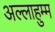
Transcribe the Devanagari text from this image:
अल्लाहुम्म